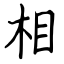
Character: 相